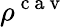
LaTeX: \rho^{\mathrm{~c~a~v~}}